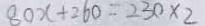
8 0 x + 2 6 0 = 2 3 0 \times 2